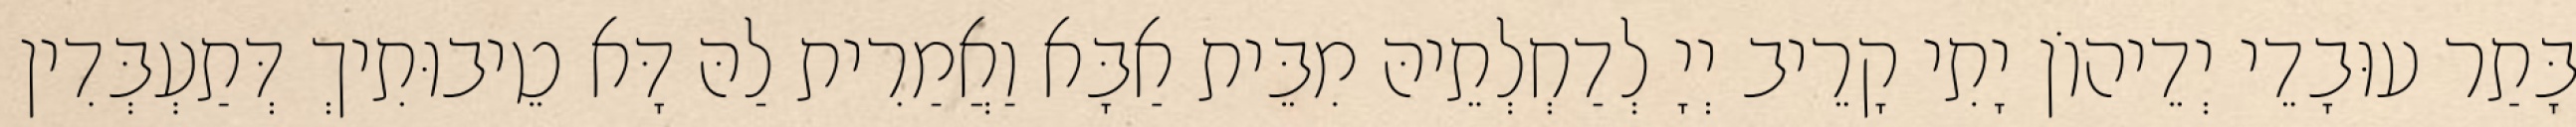
בָּתַר עוּבָדֵי יְדֵיהוֹן יָתִי קָרֵיב יְיָ לְדַחְלְתֵיהּ מִבֵּית אַבָּא וַאֲמַרִית לַהּ דָּא טֵיבוּתִיךְ דְּתַעְבְּדִין